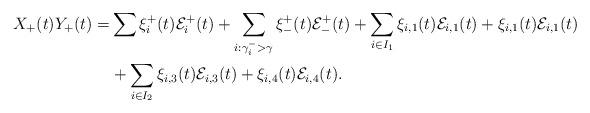
LaTeX: \begin{align*}X_+(t)Y_+(t)=&\sum \xi^+_i(t)\mathcal{E}^+_i(t)+\sum_{i:\gamma^-_i>\gamma} \xi^+_-(t)\mathcal{E}^+_-(t)+\sum_{i\in I_1} \xi_{i,1}(t)\mathcal{E}_{i,1}(t) +\xi_{i,1}(t)\mathcal{E}_{i,1}(t)\\&+\sum_{i\in I_2} \xi_{i,3}(t)\mathcal{E}_{i,3}(t) +\xi_{i,4}(t)\mathcal{E}_{i,4}(t).\end{align*}